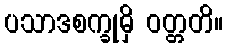
ပသာဒစက္ခုမှိ ဝတ္တတိ။